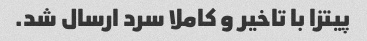
پیتزا با تاخیر و کاملا سرد ارسال شد.